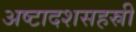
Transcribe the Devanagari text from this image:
अष्टादशसहस्री